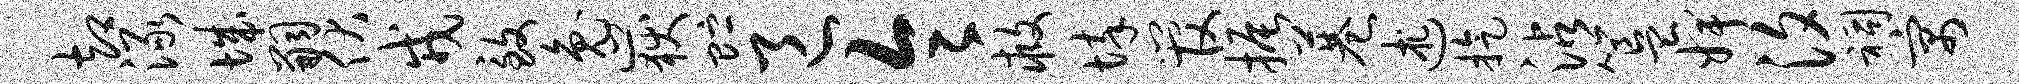
却渌城嗣伏戎致兔岳贮邑令救悴管振巷述旋沾簋婢汐祠寓